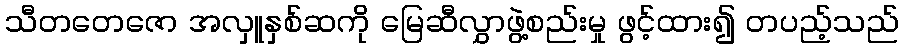
သီတတေဇော အလှူနှစ်ဆကို မြေဆီလွှာဖွဲ့စည်းမှု ဖွင့်ထား၍ တပည့်သည်